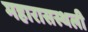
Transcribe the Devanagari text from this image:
महारासस्थली